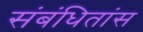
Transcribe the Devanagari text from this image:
संबंधितांस